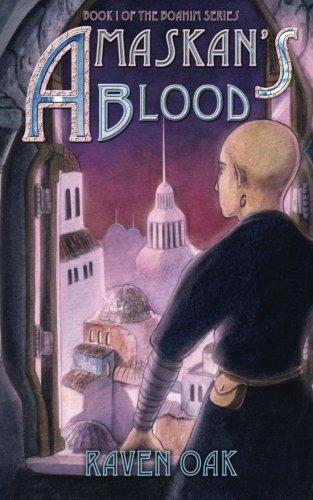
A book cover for Amaskan's Blood (The Boahim Series) (Volume 1); Raven Oak; Science Fiction & Fantasy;